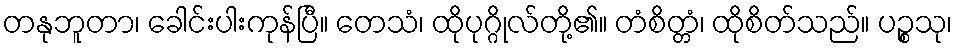
တနုဘူတာ၊ ခေါင်းပါးကုန်ပြီ။ တေသံ၊ ထိုပုဂ္ဂိုလ်တို့၏။ တံစိတ္တံ၊ ထိုစိတ်သည်။ ပဉ္စသု၊